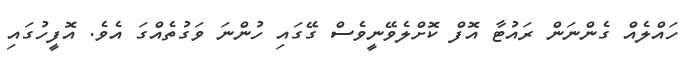
ހައްލެއް ގެންނަން ރައުޓާ އޮފް ކޮށްލެވޭނީވެސް ގޭގައި ހުންނަ ވަގުތެއްގަ އެވެ. އޮފީހުގައި